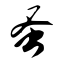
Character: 蚤